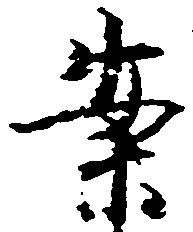
案